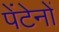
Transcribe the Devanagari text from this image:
पेंटेनों